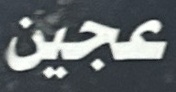
عجين